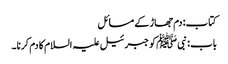
کتاب: دم جھاڑ کے مسائل
باب : نبیﷺ کو جبرئیل علیہ السلام کا دم کرنا۔